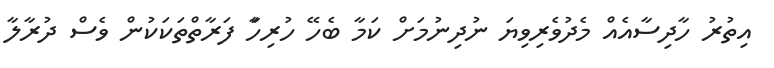
އިތުރު ހާދިސާއެއް މެދުވެރިވިޔަ ނުދިނުމަށް ކަމާ ބެހޭ ހުރިހަާ ފަރާތްތަކަކުން ވެސް ދުރާލާ